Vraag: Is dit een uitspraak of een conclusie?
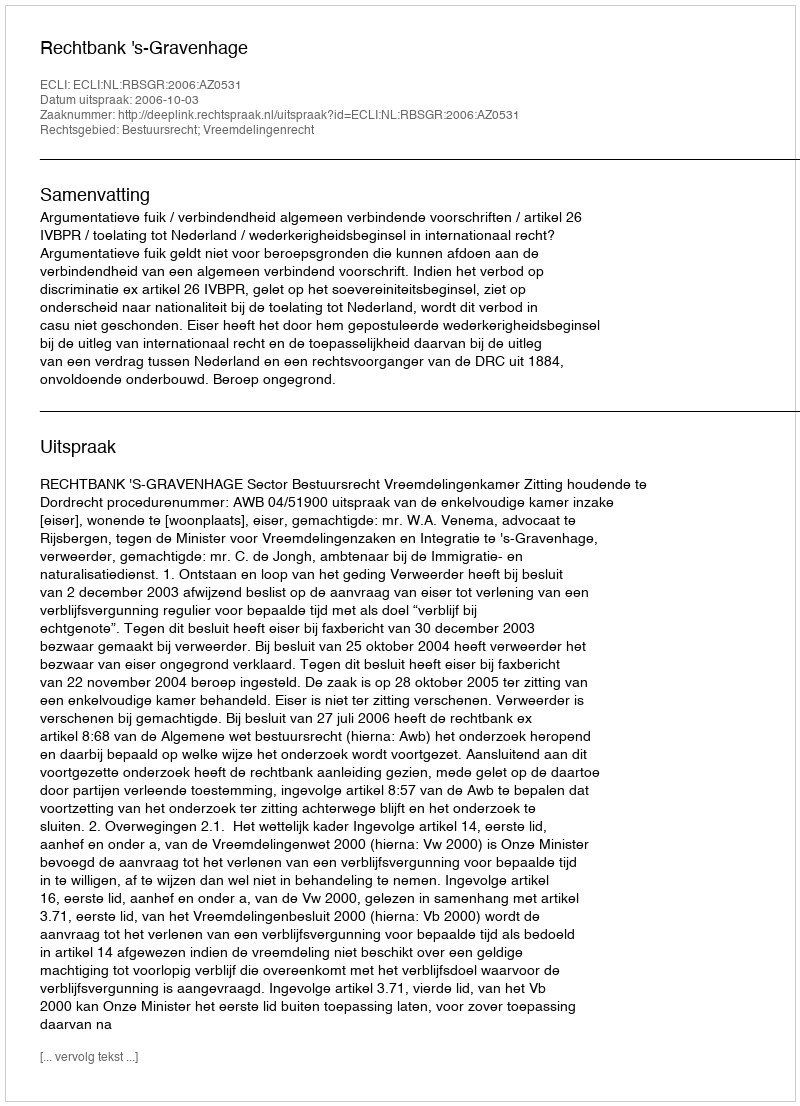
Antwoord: Uitspraak